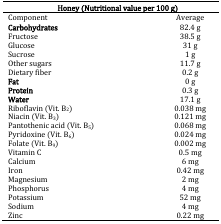
<table><thead><tr><td colspan="6"><b>Honey (Nutritional value per 100 g)</b></td></tr></thead><tbody><tr><td>Component</td><td></td><td></td><td></td><td></td><td>Average</td></tr><tr><td><b>Carbohydrates</b></td><td></td><td></td><td></td><td></td><td>82.4 g</td></tr><tr><td>Fructose</td><td></td><td></td><td></td><td></td><td>38.5 g</td></tr><tr><td>Glucose</td><td></td><td></td><td></td><td></td><td>31 g</td></tr><tr><td>Sucrose</td><td></td><td></td><td></td><td></td><td>1 g</td></tr><tr><td>Other sugars</td><td></td><td></td><td></td><td></td><td>11.7 g</td></tr><tr><td>Dietary fiber</td><td></td><td></td><td></td><td></td><td>0.2 g</td></tr><tr><td><b>Fat</b></td><td></td><td></td><td></td><td></td><td>0 g</td></tr><tr><td><b>Protein</b></td><td></td><td></td><td></td><td></td><td>0.3 g</td></tr><tr><td><b>Water</b></td><td></td><td></td><td></td><td></td><td>17.1 g</td></tr><tr><td>Riboflavin (Vit. B<sub>2</sub>)</td><td></td><td></td><td></td><td></td><td>0.038 mg</td></tr><tr><td>Niacin (Vit. B<sub>3</sub>)</td><td></td><td></td><td></td><td></td><td>0.121 mg</td></tr><tr><td>Pantothenic acid (Vit. B<sub>5</sub>)</td><td></td><td></td><td></td><td></td><td>0.068 mg</td></tr><tr><td>Pyridoxine (Vit. B<sub>6</sub>)</td><td></td><td></td><td></td><td></td><td>0.024 mg</td></tr><tr><td>Folate (Vit. B<sub>9</sub>)</td><td></td><td></td><td></td><td></td><td>0.002 mg</td></tr><tr><td>Vitamin C</td><td></td><td></td><td></td><td></td><td>0.5 mg</td></tr><tr><td>Calcium</td><td></td><td></td><td></td><td></td><td>6 mg</td></tr><tr><td>Iron</td><td></td><td></td><td></td><td></td><td>0.42 mg</td></tr><tr><td>Magnesium</td><td></td><td></td><td></td><td></td><td>2 mg</td></tr><tr><td>Phosphorus</td><td></td><td></td><td></td><td></td><td>4 mg</td></tr><tr><td>Potassium</td><td></td><td></td><td></td><td></td><td>52 mg</td></tr><tr><td>Sodium</td><td></td><td></td><td></td><td></td><td>4 mg</td></tr><tr><td>Zinc</td><td></td><td></td><td></td><td></td><td>0.22 mg</td></tr></tbody></table>